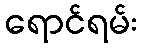
ရောင်ရမ်း